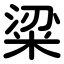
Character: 粱